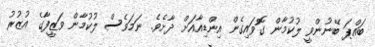
ބައްޕަ ބޭނުންވީ ލުކުމާން ގޮވައިގެން އިންޑިއާއަށް ދާށެވެ. ނަމަވެސް ލުކުމާން ވަޒީފާގެ އުޒުރު